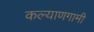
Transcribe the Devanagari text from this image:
कल्याणगामी